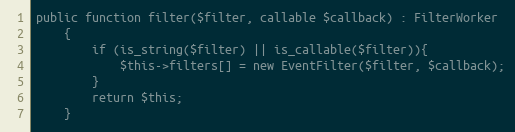
Language: PHP
public function filter($filter, callable $callback) : FilterWorker
    {
        if (is_string($filter) || is_callable($filter)){
            $this->filters[] = new EventFilter($filter, $callback);
        }
        return $this;
    }